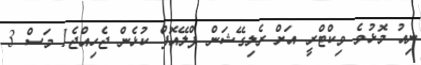
ނިއު މޮޅުވެ ވިކްޓްރީ އަށް ރެލިގޭޝަން ޕްލޭއޮފް ކުޅެން ޖެހިއްޖެ1 މަސް 3